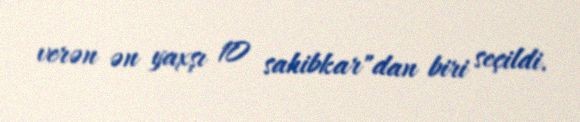
verən ən yaxşı 10 sahibkar"dan biri seçildi.